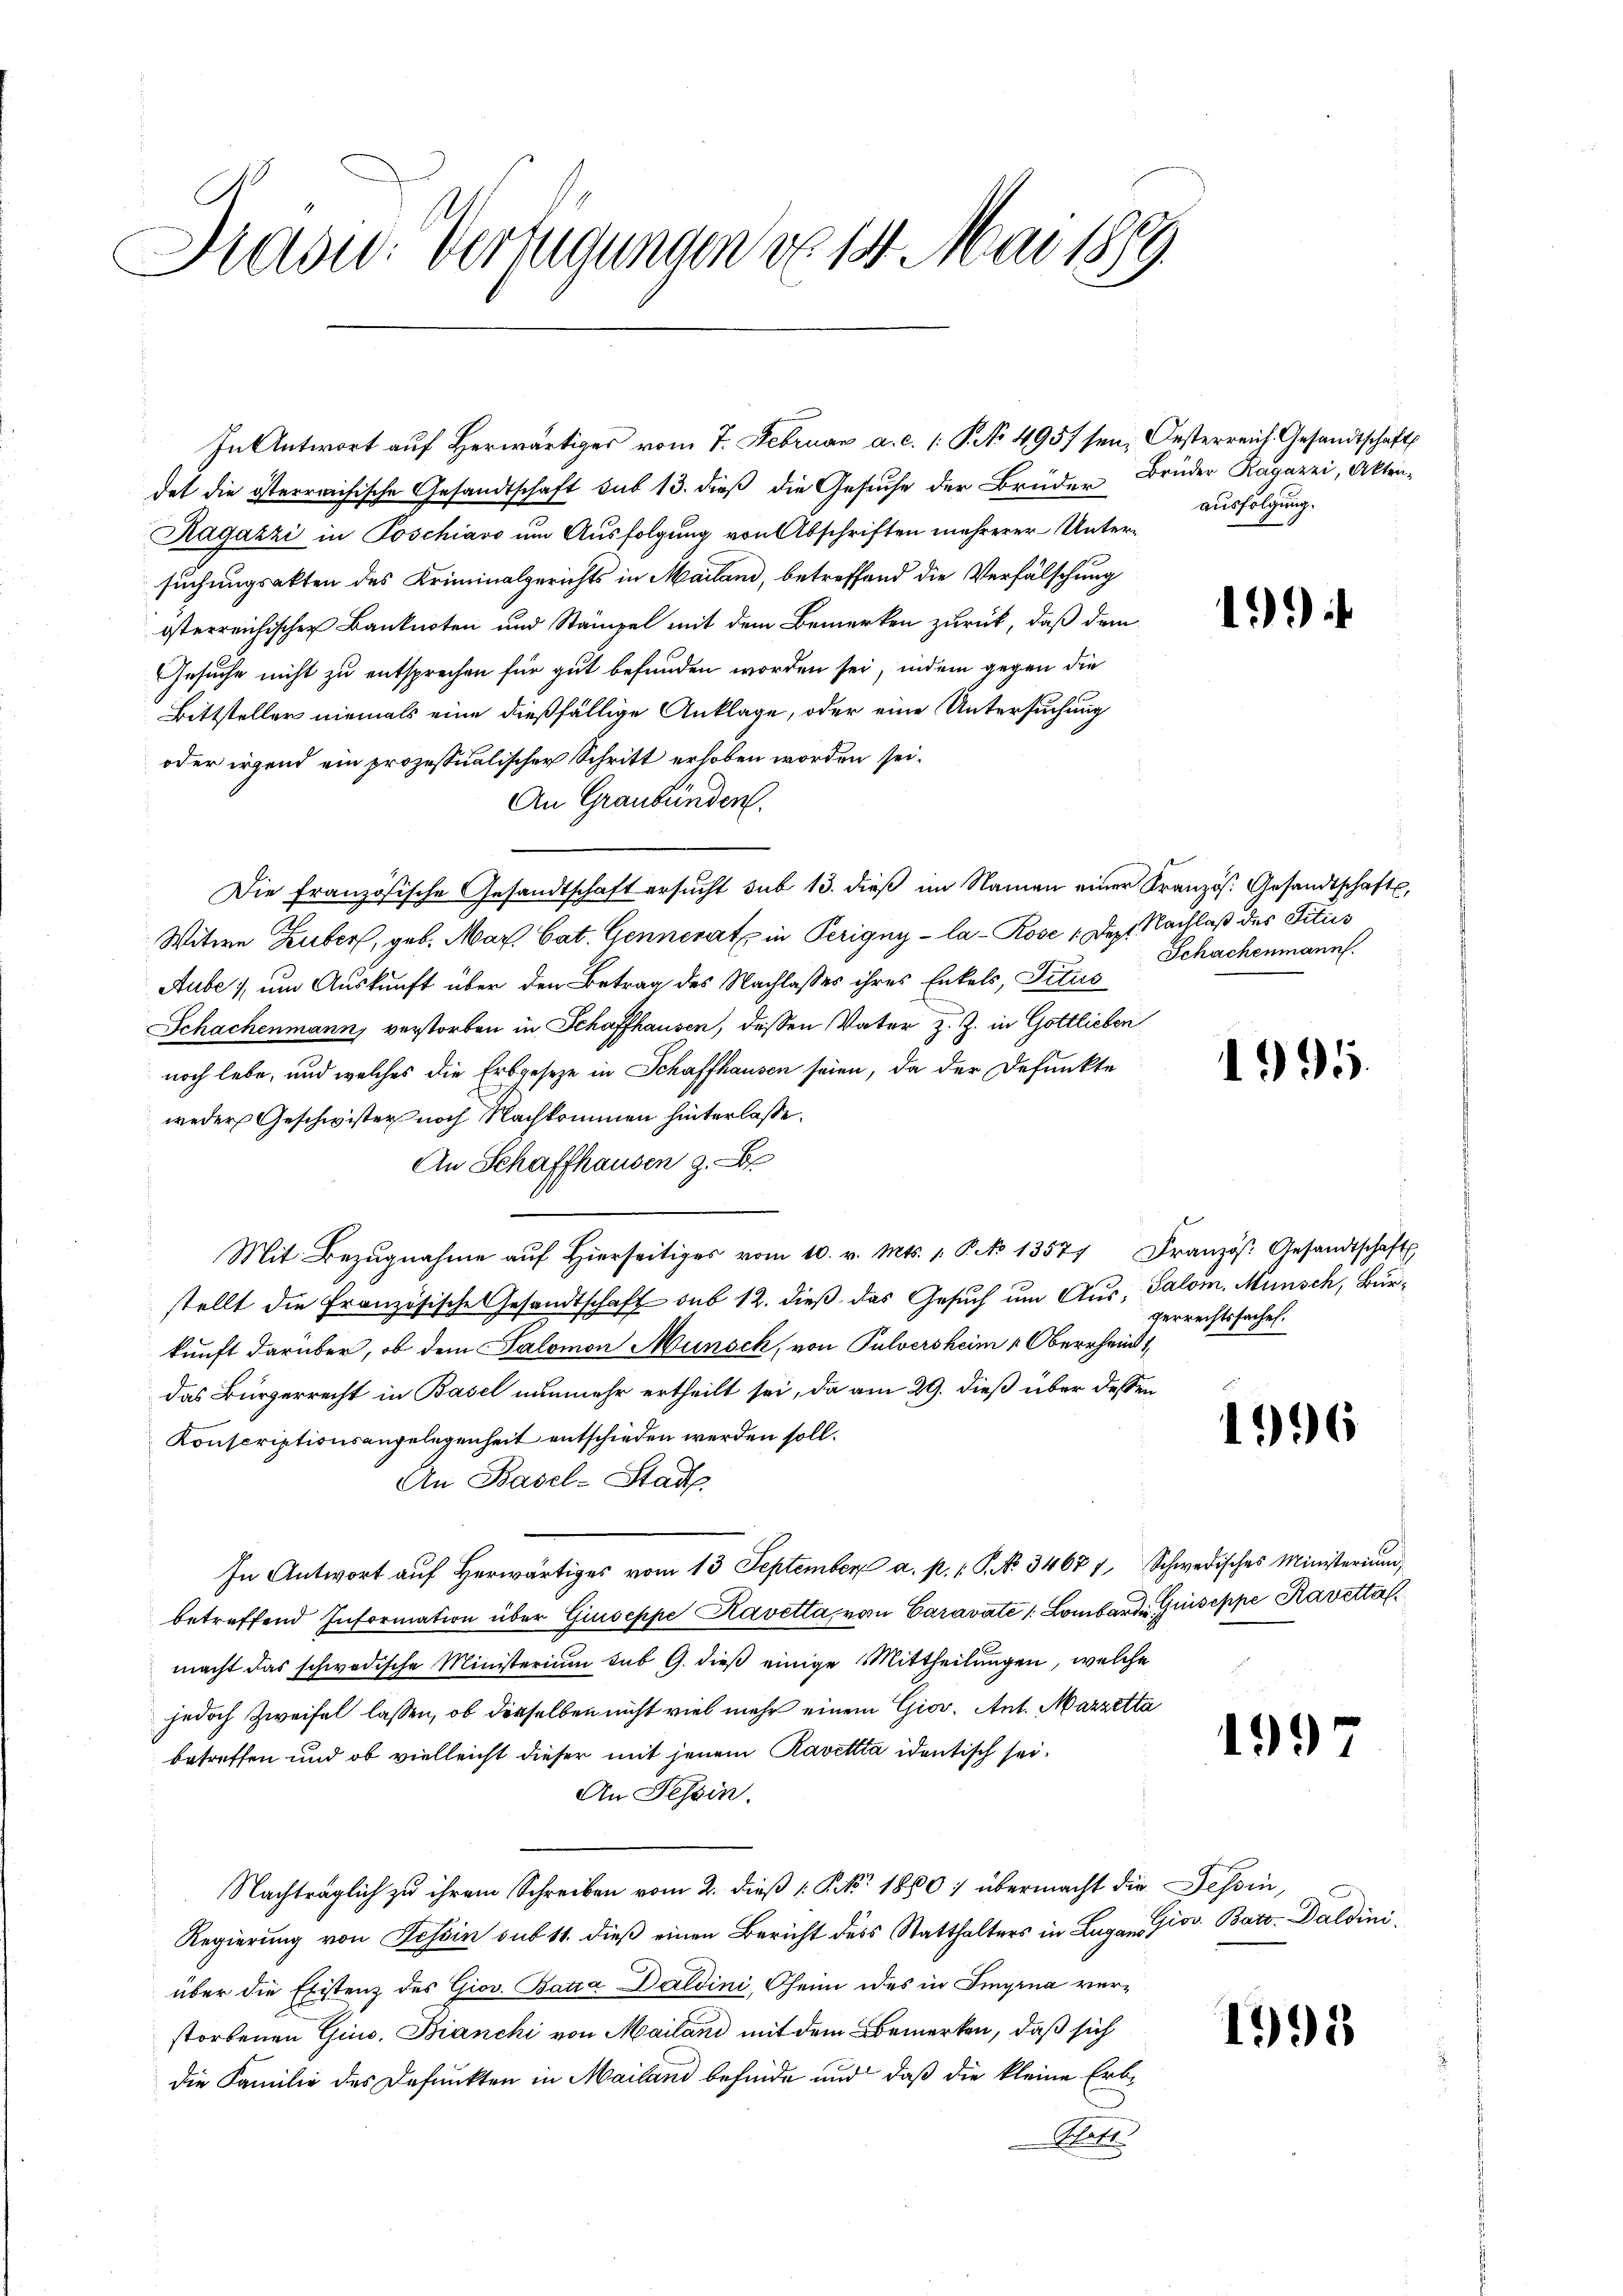
Präsu. Verfügungen de 14. Mai 1889.

det die österreichische Gesandtschaft sub 13. dieß die Gesuche der Brüder Brüder Ragazzi, Akten¬
Ragazzi in Poschiavo um Ausfolgung von Abschriften mehrerer Untersuchungsakten des Kriminalgerichts in Mailand, betreffend die Verfälschung
österreichischer Banknoten und Stampel mit dem Bemerken zurück, daß dem
Gesuche nicht zu entsprechen für gut befunden worden sei, indem gegen die
Bittsteller niemals eine dießfällige Anklage, oder eine Untersuchung
oder irgend ein prozessualischer Schritt erhoben worden sei.
An Graubünden.
Die französische Gesandtschaft ersucht sub 13. dieß im Namen einer Kranzös. Gesandtschaft,
Witwe Huber, geb. Mar. Cat. Generat in Perigny - la-Rose 1 Dez. Nachlaß des Titiis
Aube, um Auskunft über den Betrag des Nachlasses ihres Enkels, Titiis
Schachenmann, verstorben in Schaffhausen, dessen Vater z. Z. in Gottlieben
noch lebe, und welches die Erbgeseze in Schaffhausen seien, da der Defunkte
weder Geschwister noch Nachkommen hinterlasse.
An Schaffhausen z. B
Mit Bezŭgnahme aŭf hierseitiges vom 10. v. Mts. 1. Pto 13577 Französ. Gesandtschaft
stellt die französische Gesandtschaft sub 12. dieß das Gesuch um Aus, Salom, Münsch, Burkunft darüber, ob dem Salomon Münsch, von Pulversheim Oberrheindas Bürgerrecht in Basel nunmehr ertheilt sei, da am 29. dieß über deß¬
Konscriptionsangelegenheit entschieden werden soll.
An Basel-Stad
In Antwort auf Herwärtiges vom 13. September a. p. P. No. 34671,
betreffend Information über Giuseppe Kavetta, von Caravate Lombard Griseppe Ravettal
macht das schwedische Ministerium sub 9. dieß einige Mittheilungen, welche
jedoch Zweifel lassen, ob derselben nicht viel mehr einem Gior. Ant. Mazzeti
betreffen und ob vielleicht dieser mit jenem Ravettta identisch sei.
An Tessin.
Nachträglich zu ihrem Schreiben vom 2. dieß P. Nr. 1860) übermacht die Tessin,
Regierung von Tessin sub 11. dieß einen Bericht ders Statthalters in Lugan Prov. Baro-Daldini,
über die Existenz des Giov. Batta Daldini, Oheim des in Imyrna verstorbenen Gins. Bianchi von Mailand mit dem Bemerken, daß sich
die Familie des Defunkten in Mailand befinde und daß die kleine Erb¬
Schaft.

In Antwort auf Herwärtiges vom 7. Februar a. c. (: P. No 495/ sein, Oesterreich Gesandtschaft

ausfolgung.

i

e

19

Schachenmann.

1995.

gerrechtssachel.

1996

Schwedisches Ministerium,

139)

1998